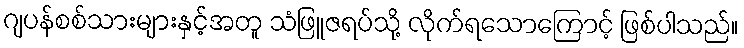
ဂျပန်စစ်သားများနှင့်အတူ သံဖြူဇရပ်သို့ လိုက်ရသောကြောင့် ဖြစ်ပါသည်။